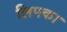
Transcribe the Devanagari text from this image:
लिपका